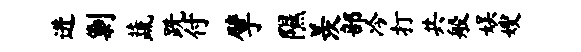
进剿蔬跣付擘隰羡部冷打共般娱嫂